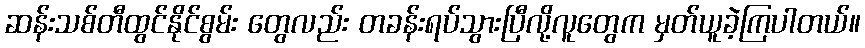
ဆန်းသစ်တီထွင်နိုင်စွမ်း တွေလည်း တခန်းရပ်သွားပြီလို့လူတွေက မှတ်ယူခဲ့ကြပါတယ်။